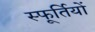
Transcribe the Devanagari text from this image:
स्फूर्तियों